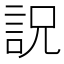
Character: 詋